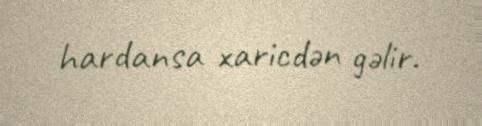
hardansa xaricdən gəlir.